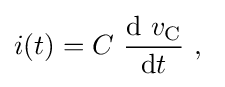
i(t)=C\ {\frac {\mathrm {d} \ v_{\mathrm {C} }}{\mathrm {d} t}}\ ,~